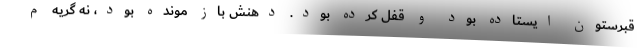
قبرستون ايستاده بود و قفل كرده بود. دهنش باز مونده بود، نه گريه م